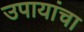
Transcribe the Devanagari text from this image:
उपायांचा